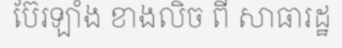
ប៊ែរឡាំង ខាងលិច ពី សាធារដ្ឋ